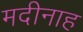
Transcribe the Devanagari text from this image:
मदीनाह